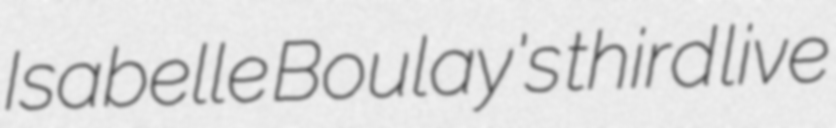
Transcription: Isabelle Boulay's third live